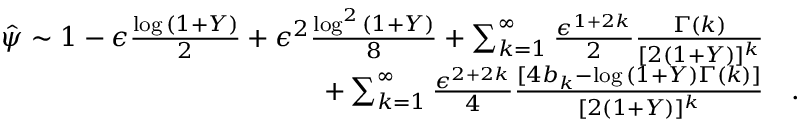
\begin{array} { r l } { \hat { \psi } \sim 1 - \epsilon \frac { \log { ( 1 + Y ) } } { 2 } + \epsilon ^ { 2 } \frac { \log ^ { 2 } { ( 1 + Y ) } } { 8 } + \sum _ { k = 1 } ^ { \infty } \frac { \epsilon ^ { 1 + 2 k } } { 2 } \frac { \Gamma ( k ) } { [ 2 ( 1 + Y ) ] ^ { k } } } & { { } } \\ { + \sum _ { k = 1 } ^ { \infty } \frac { \epsilon ^ { 2 + 2 k } } { 4 } \frac { [ 4 b _ { k } - \log { ( 1 + Y ) } \Gamma ( k ) ] } { [ 2 ( 1 + Y ) ] ^ { k } } } & { { } . } \end{array}